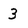
Character: 3